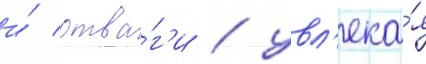
и́ отва́г'и / увл'ека́я